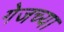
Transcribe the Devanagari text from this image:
गेजच्या